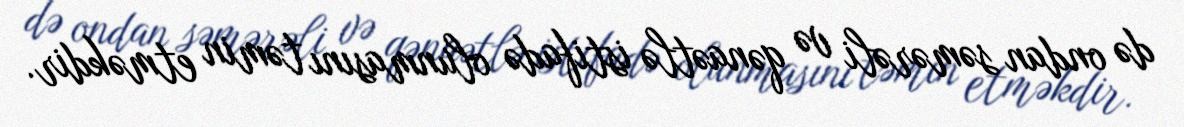
də ondan səmərəli və qənaətlə istifadə olunmasını təmin etməkdir.